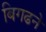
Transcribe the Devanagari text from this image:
बिगढने